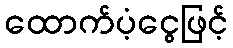
ထောက်ပံ့ငွေဖြင့်